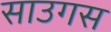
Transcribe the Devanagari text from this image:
साउगस